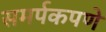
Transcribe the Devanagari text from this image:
समर्पकपणे